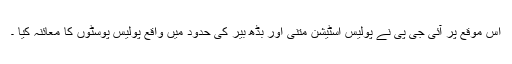
اس موقع پر آئی جی پی نے پولیس اسٹیشن متنی اور بڈھ بیر کی حدود میں واقع پولیس پوسٹوں کا معائنہ کیا ۔